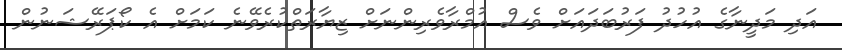
އަދި މަދީނާގެ އުހުދު ފަރުބަދައަށް ވެސް އުމްރާވެރިންނަށް ޒިޔާރަތްކުރެވޭނެ ކަމަށް އެ ކޯޕަރޭޝަނުން